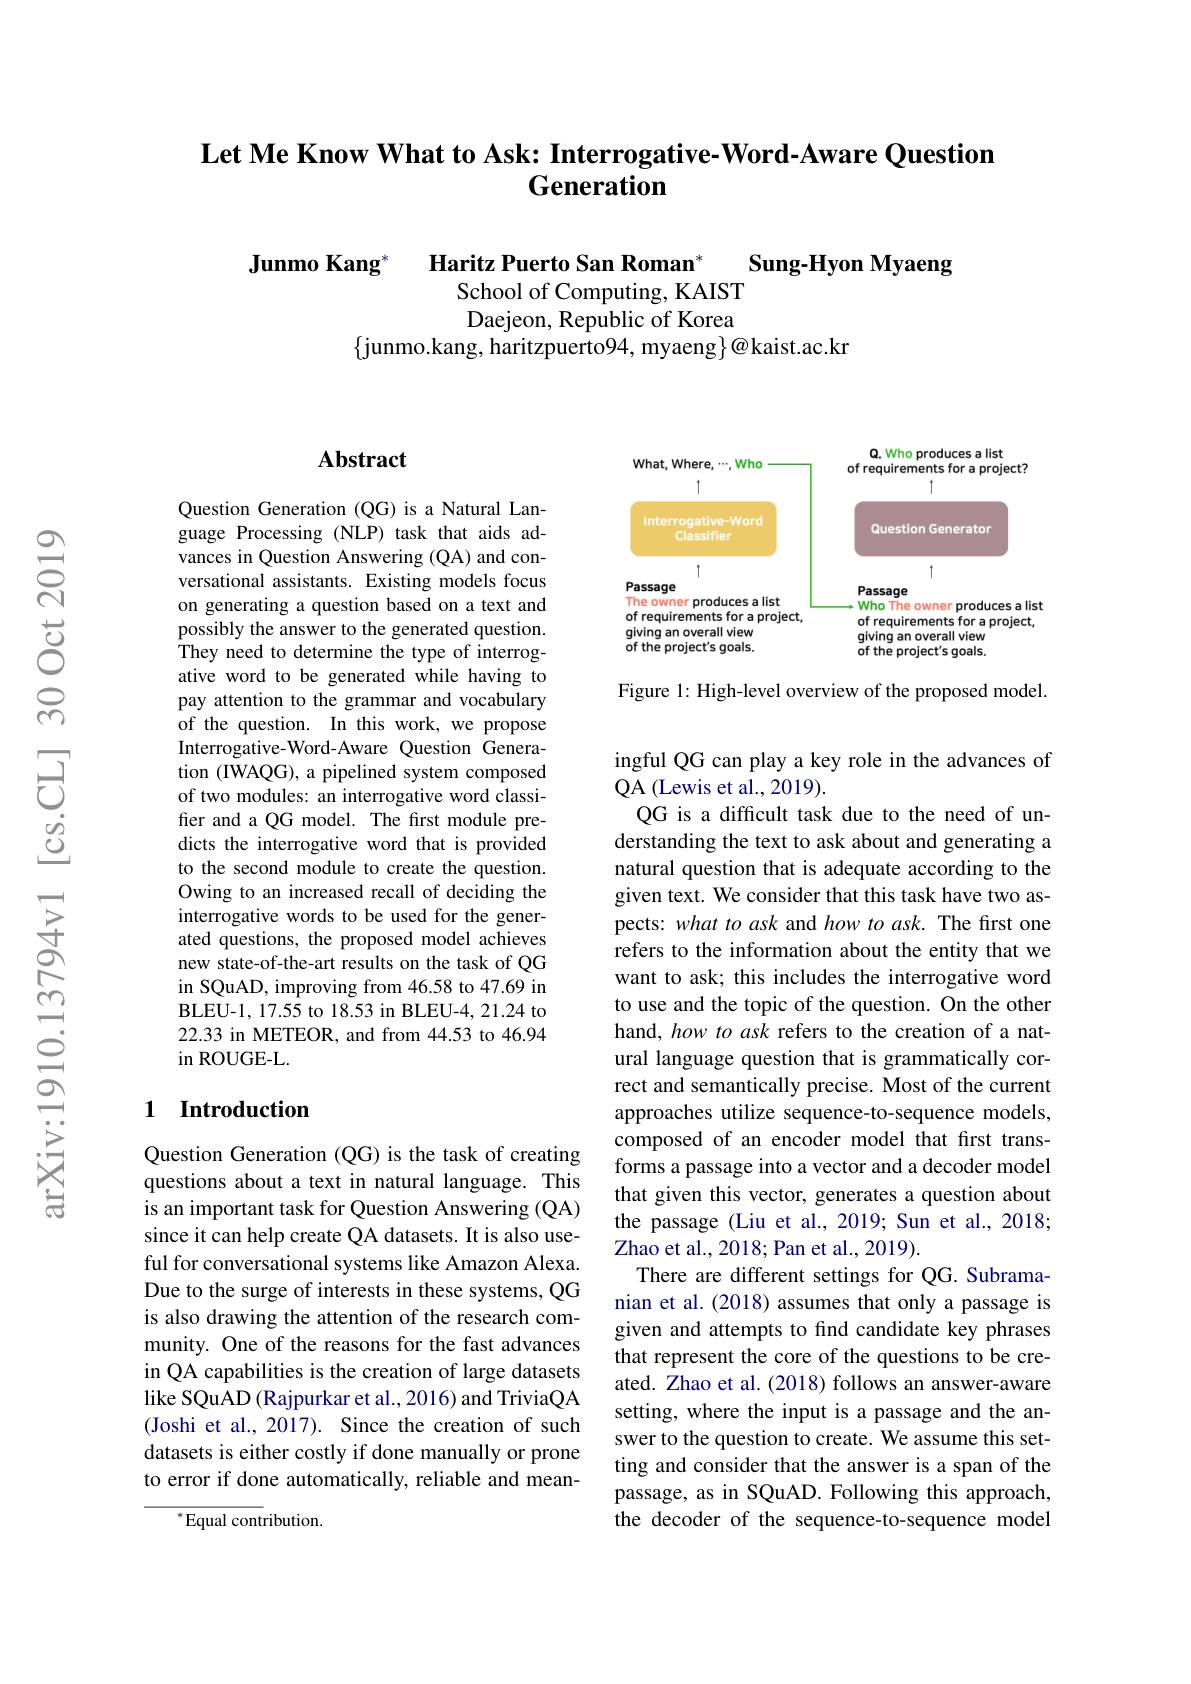
## Let Me Know What to Ask: Interrogative-Word-Aware Question Generation

Junmo Kang* Haritz Puerto San Roman*
Sung-Hyon Myaeng
School of Computing, KAIST Daejeon, Republic of Korea
$\{$junmo.kang, haritzpuerto94, myaeng$\}@$kaist.ac.kr

### $\mathbf{Abstract}$

Question Generation (QG) is a Natural Language Processing (NLP) task that aids advances in Question Answering (QA) and conversational assistants. Existing models focus on generating a question based on a text and possibly the answer to the generated question. They need to determine the type of interrogative word to be generated while having to pay attention to the grammar and vocabulary of the question. In this work, we propose Interrogative-Word-Aware Question Generation (IWAQG), a pipelined system composed of two modules: an interrogative word classifer and a QG model. The frst module predicts the interrogative word that is provided to the second module to create the question. Owing to an increased recall of deciding the interrogative words to be used for the generated questions, the proposed model achieves new state-of-the-art results on the task of QG in SQuAD, improving from 46.58 to 47.69 in BLEU-1, 17.55 to 18.53 in BLEU-4, 21.24 to 22.33 in METEOR, and from 44.53 to 46.94 $\operatorname{in}$ROUGE-L.

## 1 Introduction

Question Generation (QG) is the task of creating questions about a text in natural language. This is an important task for Question Answering (QA) since it can help create QA datasets. It is also useful for conversational systems like Amazon Alexa. Due to the surge of interests in these systems, QG is also drawing the attention of the research community. One of the reasons for the fast advances in QA capabilities is the creation of large datasets like SQuAD (Rajpurkar et al., 2016) and TriviaQA (Joshi et al., 2017). Since the creation of such datasets is either costly if done manually or prone to error if done automatically, reliable and mean-

$^{*}$Equal contribution.

<FigureHere>

Figure 1: High-level overview of the proposed model.

ingful QG can play a key role in the advances of
QA (Lewis et al., 2019).
QG is a difficult task due to the need of understanding the text to ask about and generating a natural question that is adequate according to the given text. We consider that this task have two aspects: what to ask and how to ask. The first one refers to the information about the entity that we want to ask; this includes the interrogative word to use and the topic of the question. On the other hand, how to ask refers to the creation of a natural language question that is grammatically correct and semantically precise. Most of the current approaches utilize sequence-to-sequence models, composed of an encoder model that first transforms a passage into a vector and a decoder model that given this vector, generates a question about the passage (Liu et al., 2019; Sun et al., 2018; Zhao et al. , 2018; Pan et al. , 2019) .
There are different settings for QG. Subramanian et al.(2018) assumes that only a passage is given and attempts to find candidate key phrases that represent the core of the questions to be created. Zhao et al. (2018) follows an answer-aware setting, where the input is a passage and the answer to the question to create. We assume this setting and consider that the answer is a span of the passage, as in SQuAD. Following this approach, the decoder of the sequence-to-sequence model